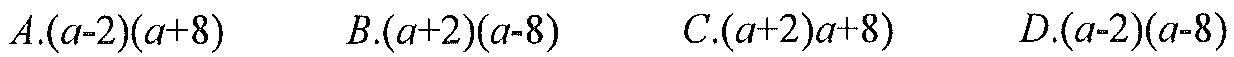
$A.(a - 2)(a + 8)\quad B.(a + 2)(a - 8)\quad C.(a + 2)a + 8)\quad D.(a - 2)(a - 8)$